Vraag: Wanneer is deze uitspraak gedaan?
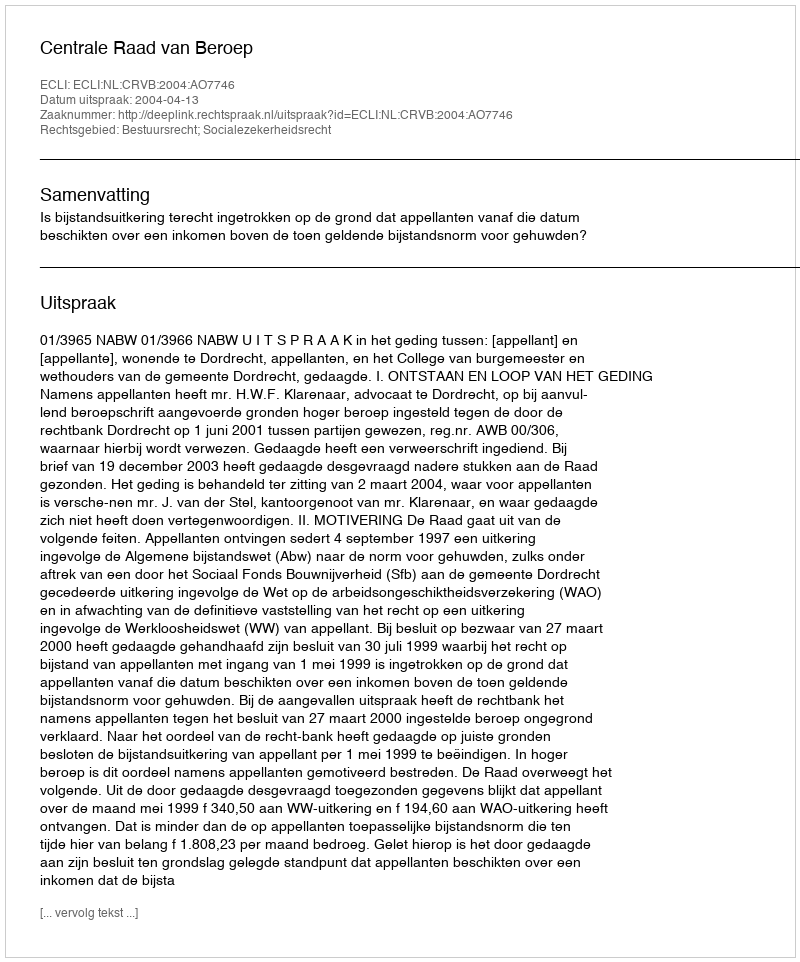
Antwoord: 2004-04-13